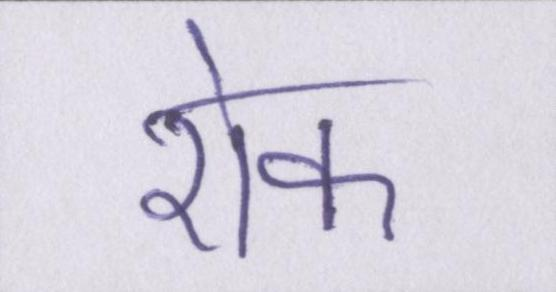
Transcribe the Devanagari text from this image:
रोक